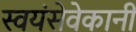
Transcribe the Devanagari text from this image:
स्वयंसेवेकानी